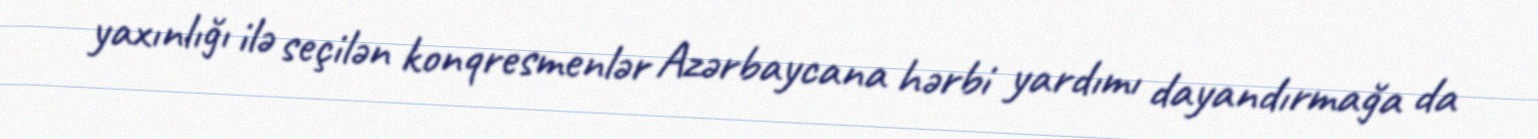
yaxınlığı ilə seçilən konqresmenlər Azərbaycana hərbi yardımı dayandırmağa da